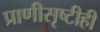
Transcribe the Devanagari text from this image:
प्राणीसृष्टीही